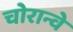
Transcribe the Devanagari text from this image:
चोरान्वे